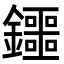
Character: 鑩